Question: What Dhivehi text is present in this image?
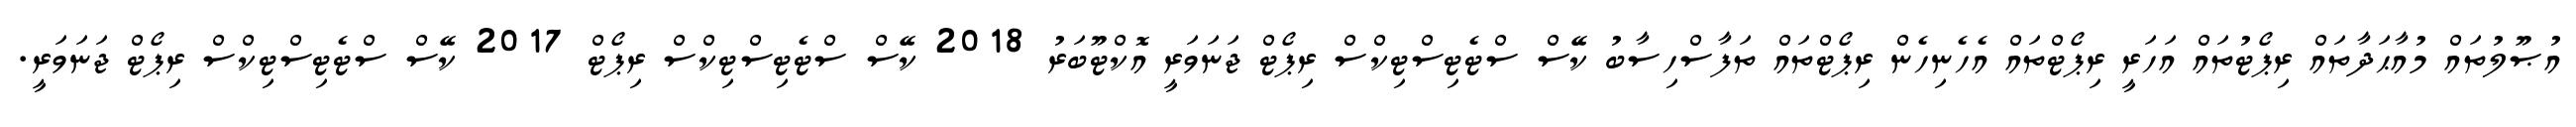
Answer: އުޞޫލުތައް މުއާޙަދާތައް ރިޕޯޓުތައް އަހަރީ ރިޕޯޓްތައް އެހެނިހެން ރިޕޯޓްތައް ތަފާސްހިސާބު ކޭސް ސްޓެޓިސްޓިކްސް ރިޕޯޓް ޖަނަވަރީ އޮކްޓޫބަރު 2018 ކޭސް ސްޓެޓިސްޓިކްސް ރިޕޯޓް 2017 ކޭސް ސްޓެޓިސްޓިކްސް ރިޕޯޓް ޖަނަވަރީ.